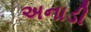
અનાડી